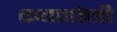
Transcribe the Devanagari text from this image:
कवनांनी